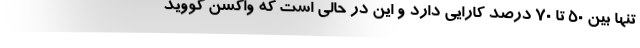
تنها بین ۵۰ تا ۷۰ درصد کارایی دارد و این در حالی است که واکسن کووید